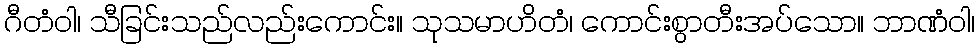
ဂီတံဝါ၊ သီခြင်းသည်လည်းကောင်း။ သုသမာဟိတံ၊ ကောင်းစွာတီးအပ်သော။ ဘာဏံဝါ၊